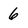
Character: 6